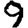
Digit: 9